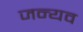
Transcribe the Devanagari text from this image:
जन्यव